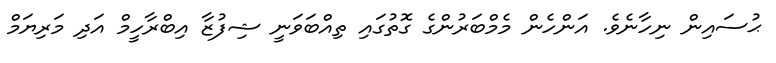
ޙުސައިން ނިހާނެވެ. އަންހެން މެމްބަރުންގެ ގޮތުގައި ތިއްބަވަނީ ޝިފުޒާ އިބްރާހީމް އަދި މަރިޔަމް